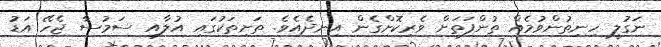
ނަގުލީ ހިނިތުންވުމެއް ތުންފަތަށް ވެރިކޮށްގެން އިނދެއެވެ. ތަށިތަކުގައި އުލާއި ސަމުސާ ޖެހޭ އަޑު